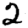
Digit: 2